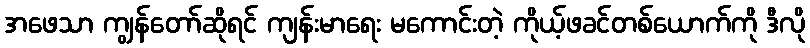
အဖေသာ ကျွန်တော်ဆိုရင် ကျန်းမာရေး မကောင်းတဲ့ ကိုယ့်ဖခင်တစ်ယောက်ကို ဒီလို